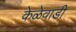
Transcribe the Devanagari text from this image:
केळेवाडी